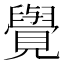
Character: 𮗜